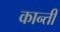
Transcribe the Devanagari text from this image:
कान्ती